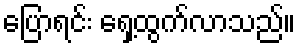
ပြောရင်း ရှေ့ထွက်လာသည်။